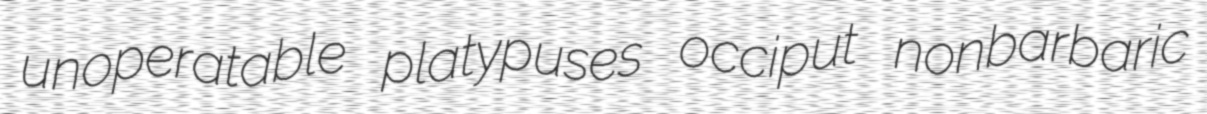
unoperatable platypuses occiput nonbarbaric